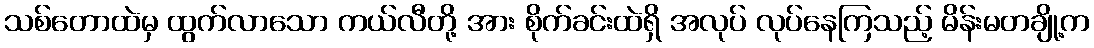
သစ်တောထဲမှ ထွက်လာသော ကယ်လီတို့ အား စိုက်ခင်းထဲရှိ အလုပ် လုပ်နေကြသည့် မိန်းမတချို့က